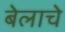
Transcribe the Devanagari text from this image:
बेलाचे